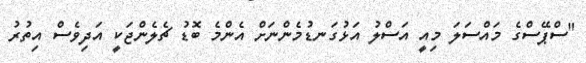
"ސްޕޭސްގެ މައްސަލަ މިއީ އަސްލު އަޅުގަނޑުމެންނަށް އެންމެ ބޮޑު ޗެލެންޖަކީ އަދިވެސް އިތުރު